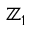
\mathbb { Z } _ { 1 }